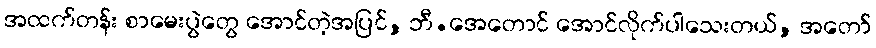
အထက်တန်း စာမေးပွဲတွေ အောင်တဲ့အပြင်, ဘီ.အေတောင် အောင်လိုက်ပါသေးတယ်, အတော်